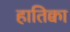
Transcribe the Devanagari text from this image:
हातिक्वा